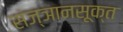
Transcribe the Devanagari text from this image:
संज्ञानसूक्त